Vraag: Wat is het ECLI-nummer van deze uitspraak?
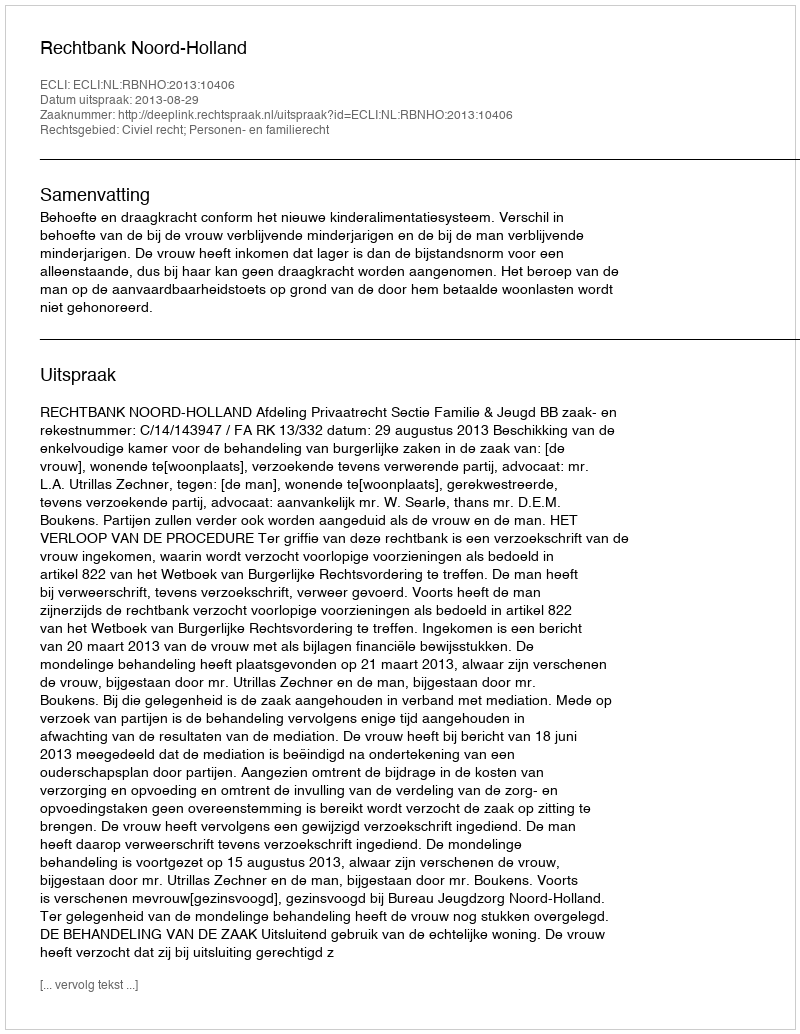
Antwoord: ECLI:NL:RBNHO:2013:10406